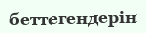
беттегендерін